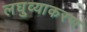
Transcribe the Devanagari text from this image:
लघुव्याकरण